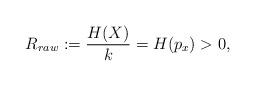
LaTeX: \begin{align*}R_{raw} := \frac{H(X)}{k} = H(p_x) > 0,\end{align*}